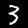
Label: 3